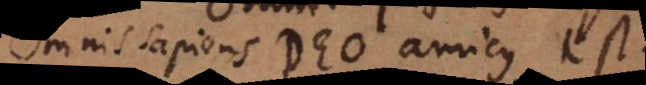
Omnis sapiens Deo amicus est.